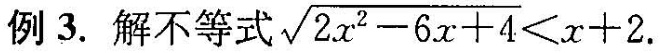
例3.解不等式 $$\sqrt { 2 x ^ { 2 } - 6 x + 4 } < x + 2$$.